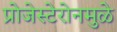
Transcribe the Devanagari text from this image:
प्रोजेस्टेरोनमुळे